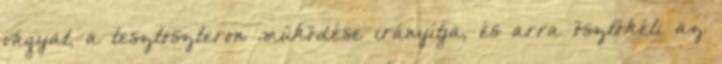
vágyat, a tesztoszteron működése irányítja, és arra ösztökéli az